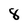
Character: 8